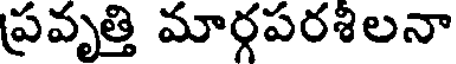
ప్రవృత్తి మార్గపరశిలనా